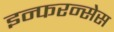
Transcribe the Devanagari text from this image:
इन्फरन्सेस